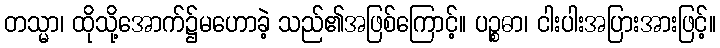
တသ္မာ၊ ထိုသို့အောက်၌မဟောခဲ့ သည်၏အဖြစ်ကြောင့်။ ပဉ္စဓာ၊ ငါးပါးအပြားအားဖြင့်။